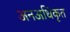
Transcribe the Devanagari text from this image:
अनअधिकृत